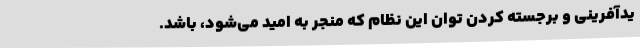
یدآفرینی و برجسته کردن توان این نظام که منجر به امید می‌شود، باشد.